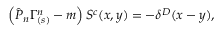
\left( \hat { { \cal P } } _ { n } \Gamma _ { ( s ) } ^ { n } - m \right) S ^ { c } ( x , y ) = - \delta ^ { D } ( x - y ) ,